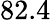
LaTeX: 82.4